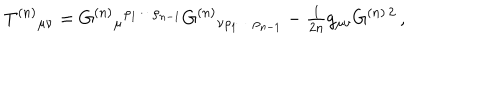
T ^ { ( n ) } { } _ { \mu \nu } = G ^ { ( n ) } { } _ { \mu } { } ^ { \rho _ { 1 } \cdots \rho _ { n - 1 } } G ^ { ( n ) } { } _ { \nu \rho _ { 1 } \cdots \rho _ { n - 1 } } - { \textstyle \frac { 1 } { 2 n } } g _ { \mu \nu } G ^ { ( n ) \, 2 } \, ,